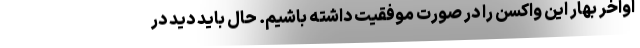
اواخر بهار این واکسن را در صورت موفقیت داشته باشیم. حال باید دید در